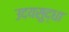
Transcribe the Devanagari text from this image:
उदयसुद्धा